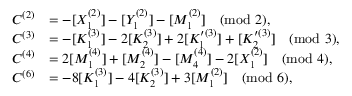
\begin{array} { r l } { C ^ { ( 2 ) } } & { = - [ X _ { 1 } ^ { ( 2 ) } ] - [ Y _ { 1 } ^ { ( 2 ) } ] - [ M _ { 1 } ^ { ( 2 ) } ] \pmod 2 , } \\ { C ^ { ( 3 ) } } & { = - [ K _ { 1 } ^ { ( 3 ) } ] - 2 [ K _ { 2 } ^ { ( 3 ) } ] + 2 [ K _ { 1 } ^ { \prime ( 3 ) } ] + [ K _ { 2 } ^ { \prime ( 3 ) } ] \pmod 3 , } \\ { C ^ { ( 4 ) } } & { = 2 [ M _ { 1 } ^ { ( 4 ) } ] + [ M _ { 2 } ^ { ( 4 ) } ] - [ M _ { 4 } ^ { ( 4 ) } ] - 2 [ X _ { 1 } ^ { ( 2 ) } ] \pmod 4 , } \\ { C ^ { ( 6 ) } } & { = - 8 [ K _ { 1 } ^ { ( 3 ) } ] - 4 [ K _ { 2 } ^ { ( 3 ) } ] + 3 [ M _ { 1 } ^ { ( 2 ) } ] \pmod 6 , } \end{array}